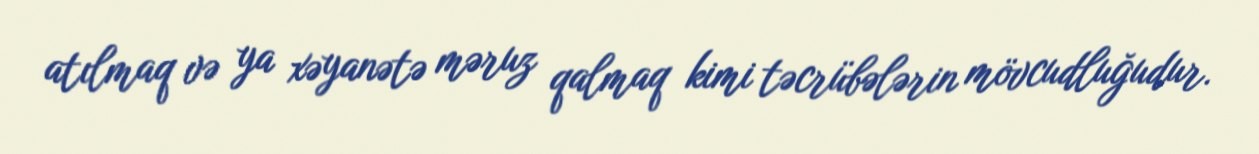
atılmaq və ya xəyanətə məruz qalmaq kimi təcrübələrin mövcudluğudur.